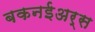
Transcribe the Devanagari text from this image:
बकनईअर्स